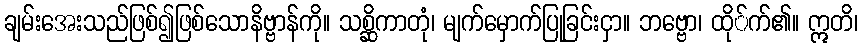
ချမ်းအေးသည်ဖြစ်၍ဖြစ်သောနိဗ္ဗာန်ကို။ သစ္ဆိကာတုံ၊ မျက်မှောက်ပြုခြင်းငှာ။ ဘဗ္ဗော၊ ထို်က်၏။ ဣတိ၊